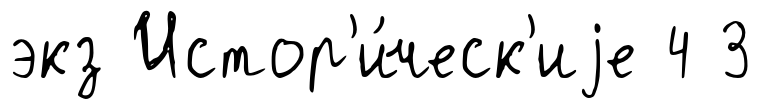
экз Истор'и́ческ'иjе 4 3